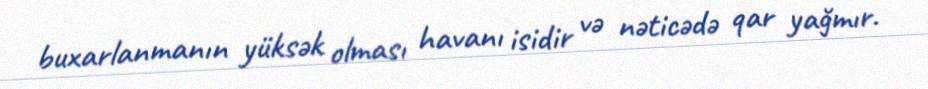
buxarlanmanın yüksək olması havanı isidir və nəticədə qar yağmır.